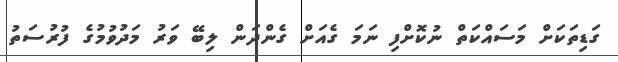
ގަޑިތަކަށް މަސައްކަތް ނުކޮށްފި ނަމަ ގެއަށް ގެންދަން ލިބޭ ވަރު މަދުވުމުގެ ފުރުސަތު